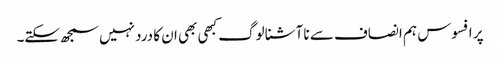
پر افسوس ہم انصاف سے نا آشنا لوگ کبھی بھی ان کا درد نہیں سمجھ سکتے۔